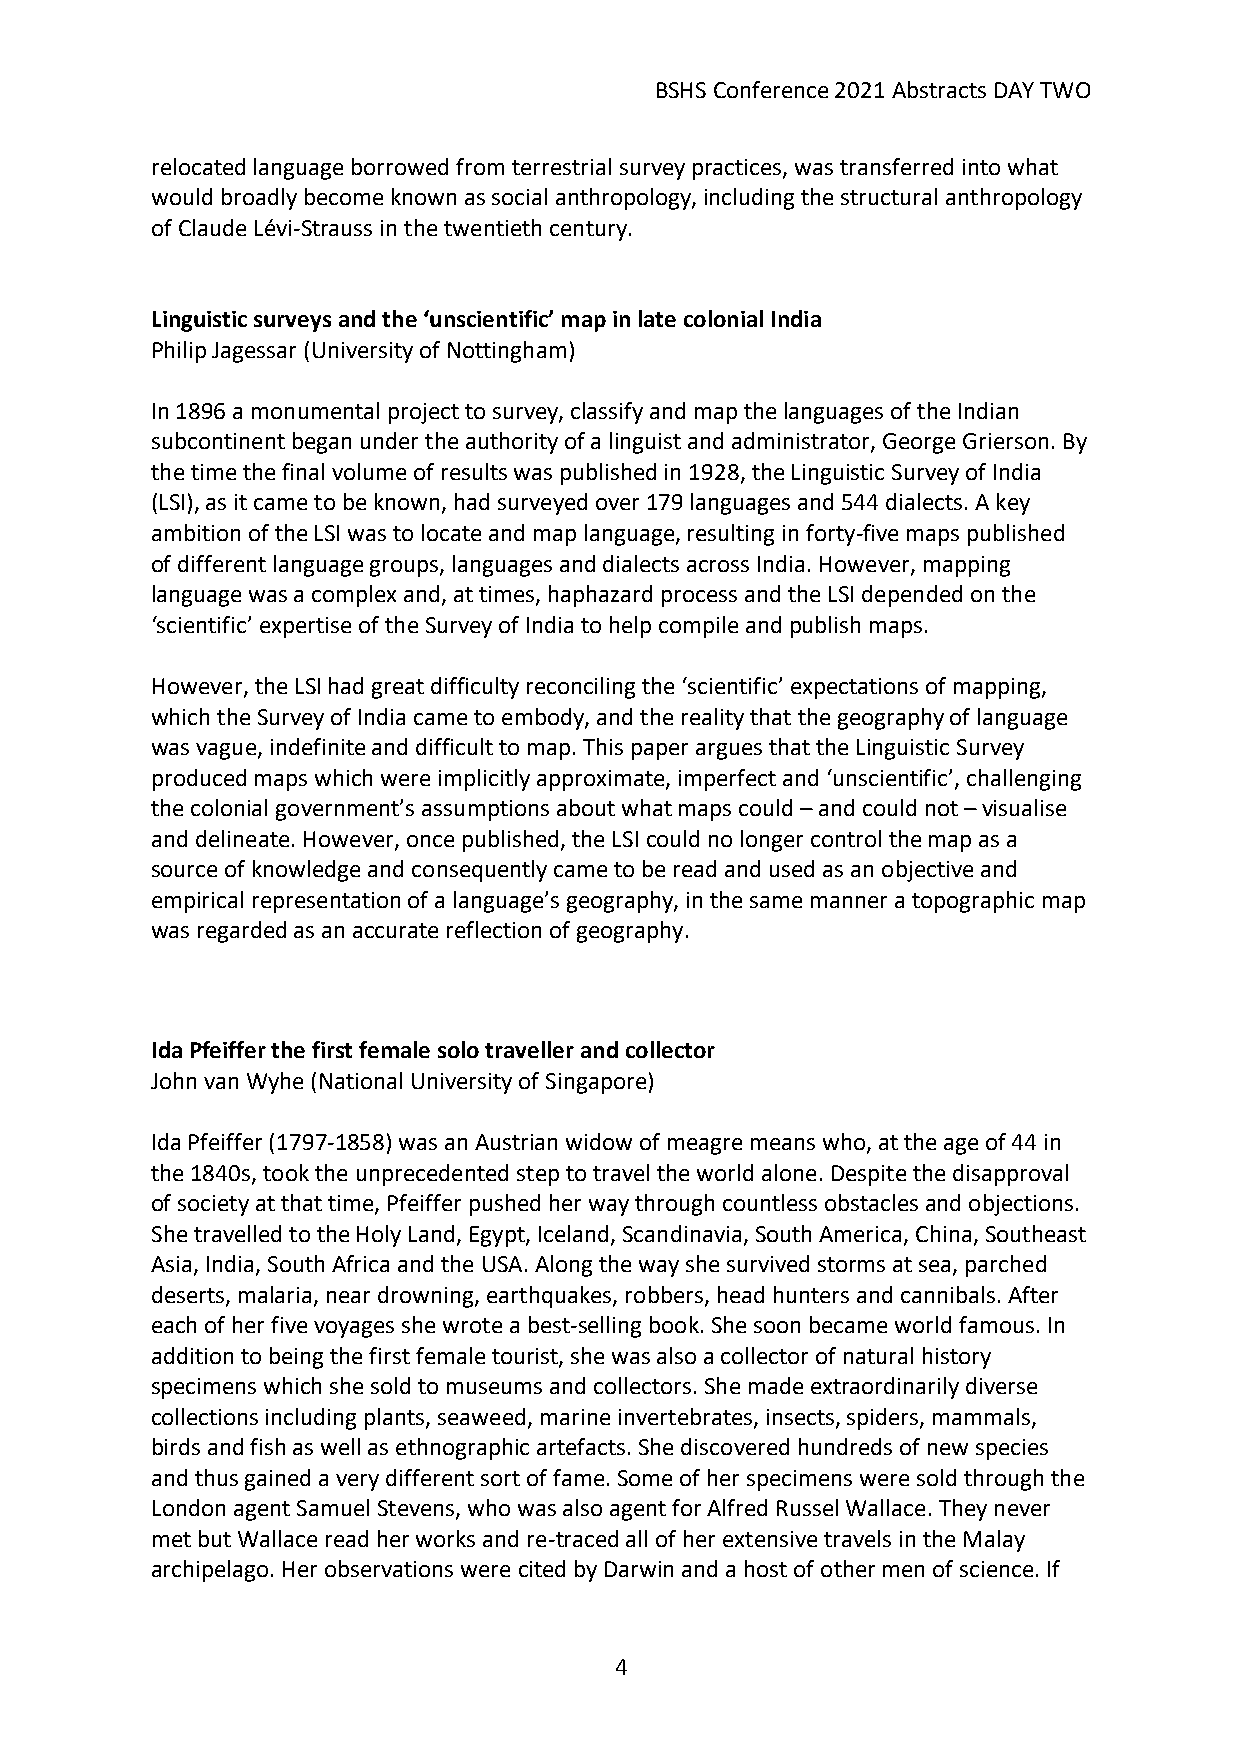
BSHS Conference 2021 Abstracts DAY TWO
 relocated language borrowed from terrestrial survey practices, was transferred into what
 would broadly become known as social anthropology, including the structural anthropology
 of Claude Lévi-Strauss in the twentieth century.
 Linguistic surveys and the ‘unscientific’ map in late colonial India
 Philip Jagessar (University of Nottingham)
 In 1896 a monumental project to survey, classify and map the languages of the Indian
 subcontinent began under the authority of a linguist and administrator, George Grierson. By
 the time the final volume of results was published in 1928, the Linguistic Survey of India
 (LSI), as it came to be known, had surveyed over 179 languages and 544 dialects. A key
 ambition of the LSI was to locate and map language, resulting in forty-five maps published
 of different language groups, languages and dialects across India. However, mapping
 language was a complex and, at times, haphazard process and the LSI depended on the
 ‘scientific’ expertise of the Survey of India to help compile and publish maps.
 However, the LSI had great difficulty reconciling the ‘scientific’ expectations of mapping,
 which the Survey of India came to embody, and the reality that the geography of language
 was vague, indefinite and difficult to map. This paper argues that the Linguistic Survey
 produced maps which were implicitly approximate, imperfect and ‘unscientific’, challenging
 the colonial government’s assumptions about what maps could – and could not – visualise
 and delineate. However, once published, the LSI could no longer control the map as a
 source of knowledge and consequently came to be read and used as an objective and
 empirical representation of a language’s geography, in the same manner a topographic map
 was regarded as an accurate reflection of geography.
 Ida Pfeiffer the first female solo traveller and collector
 John van Wyhe (National University of Singapore)
 Ida Pfeiffer (1797-1858) was an Austrian widow of meagre means who, at the age of 44 in
 the 1840s, took the unprecedented step to travel the world alone. Despite the disapproval
 of society at that time, Pfeiffer pushed her way through countless obstacles and objections.
 She travelled to the Holy Land, Egypt, Iceland, Scandinavia, South America, China, Southeast
 Asia, India, South Africa and the USA. Along the way she survived storms at sea, parched
 deserts, malaria, near drowning, earthquakes, robbers, head hunters and cannibals. After
 each of her five voyages she wrote a best-selling book. She soon became world famous. In
 addition to being the first female tourist, she was also a collector of natural history
 specimens which she sold to museums and collectors. She made extraordinarily diverse
 collections including plants, seaweed, marine invertebrates, insects, spiders, mammals,
 birds and fish as well as ethnographic artefacts. She discovered hundreds of new species
 and thus gained a very different sort of fame. Some of her specimens were sold through the
 London agent Samuel Stevens, who was also agent for Alfred Russel Wallace. They never
 met but Wallace read her works and re-traced all of her extensive travels in the Malay
 archipelago. Her observations were cited by Darwin and a host of other men of science. If
 4